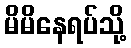
မိမိနေရပ်သို့